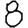
Digit: 8